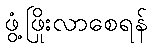
ဖွံ့ဖြိုးလာစေရန်